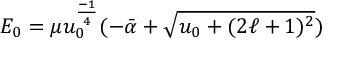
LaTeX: E _ { 0 } = \mu u _ { 0 } ^ { \frac { - 1 } { 4 } } ( - \bar { \alpha } + \sqrt { u _ { 0 } + ( 2 \ell + 1 ) ^ { 2 } } )